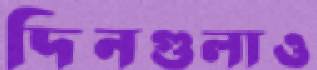
দিনগুলাও